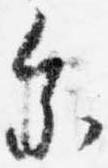
参